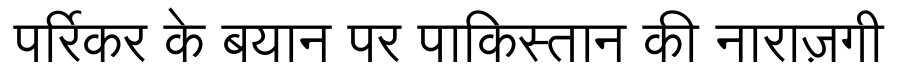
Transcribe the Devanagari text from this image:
पर्रिकर के बयान पर पाकिस्तान की नाराज़गी